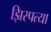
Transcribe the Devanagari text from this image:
झिरपत्या